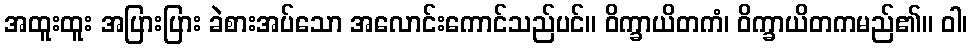
အထူးထူး အပြားပြား ခဲစားအပ်သော အလောင်းကောင်သည်ပင်။ ဝိက္ခာယိတကံ၊ ဝိက္ခာယိတကမည်၏။ ဝါ၊